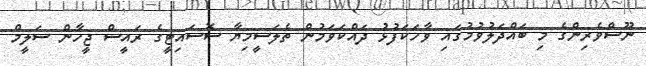
ނޫސްވެރިންގެ މި ބައްދަލުވުމުގައި ވާހަކަފުޅު ދައްކަވަމުން ތެލަސީމިޔާ ސޮސައިޓީގެ ރައީސް ޖީހާން ސަލީމް